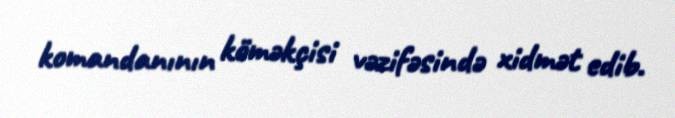
komandanının köməkçisi vəzifəsində xidmət edib.